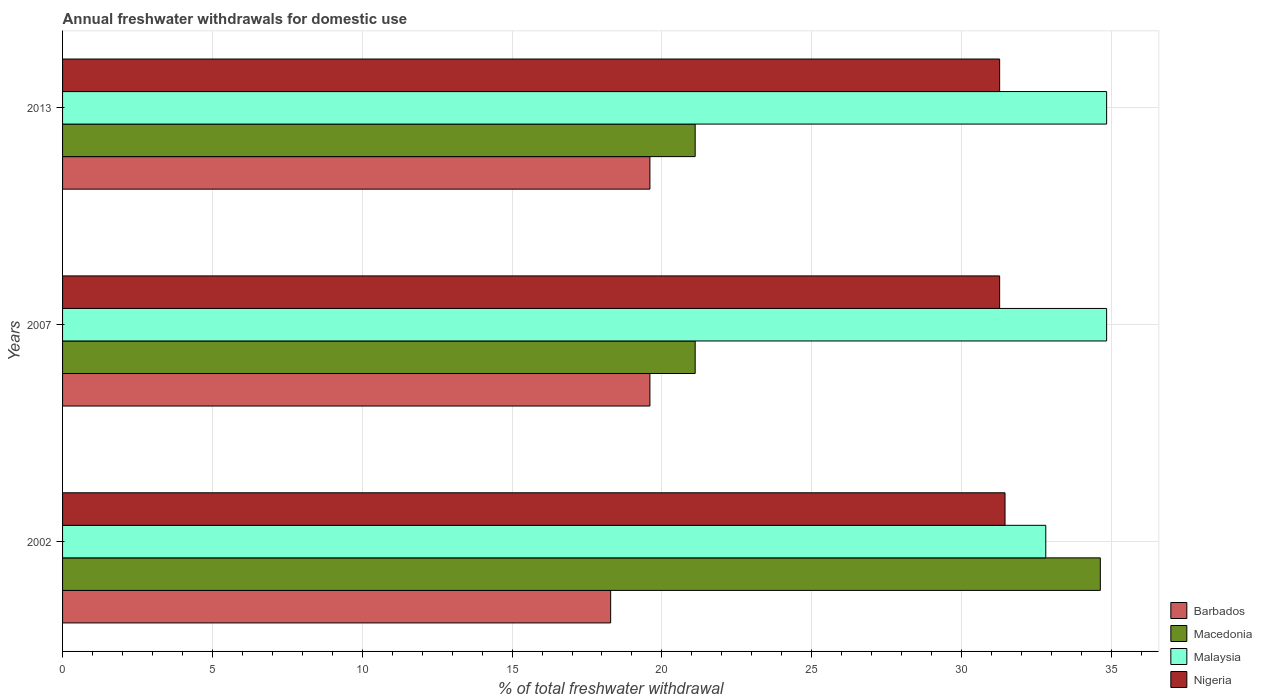
| Years | Barbados | Macedonia | Malaysia | Nigeria |
 | --- | --- | --- | --- | --- |
 | 2002 | 18.3 | 34.6 | 32.8 | 31.4 |
 | 2007 | 19.6 | 21.1 | 34.8 | 31.3 |
 | 2013 | 19.6 | 21.1 | 34.8 | 31.3 |